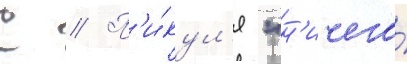
С // П'и́кул'я "н'ичего́